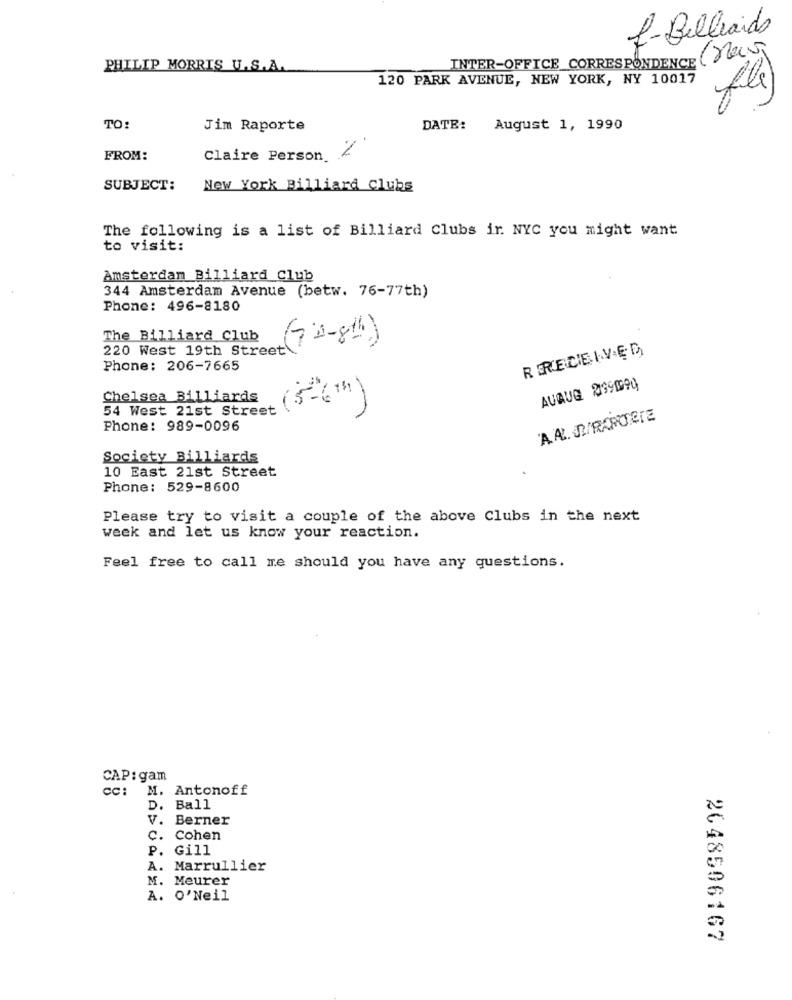
f-Belleaids
PHILIP MORRIS U.S.A.
INTER-OFFICE_CORRESPONDENCE
120 PARK AVENUE, NEW YORK, NY 10017
TO:
Jim Raporte
DATE: August 1, 1990
FROM:
Claire Person /
SUBJECT:
New York Billiard Clubs
The following is a list of Billiard Clubs ir NYC you might want
to visit:
Amsterdam Billiard Club
344 Amsterdam Avenue (betw. 76-77th)
Phone: 496-8180
The Billiard Club
(70-8th)
220 West 19th Street
R EREICIE IVED
Phone: 206-7665
AUQUE 0991690
Chelsea Billiards
54 West 21st Street
Phone: 989-0096
Society Billiards
10 East 21st Street
Phone: 529-8600
Please try to visit a couple of the above Clubs in the next
week and let us know your reaction.
Feel free to call me should you have any questions.
CAP: gam
Cc:
M. Antonoff
D. Ball
V. Berner
C. Cohen
P. Gill
A. Marrullier
M. Meurer
A. O'Neil
2648506167